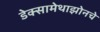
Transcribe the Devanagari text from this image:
डेक्सामेथाझोनचे